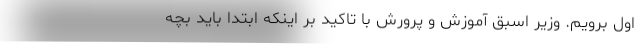
اول برویم. وزیر اسبق آموزش و پرورش با تاکید بر اینکه ابتدا باید بچه